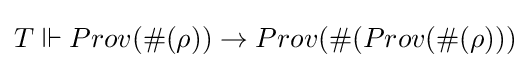
T\Vdash Prov(\#(\rho ))\rightarrow Prov(\#(Prov(\#(\rho )))